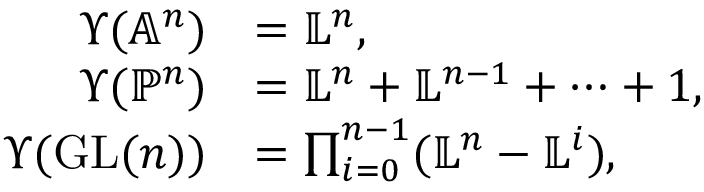
\begin{array} { r l } { \Upsilon ( \mathbb { A } ^ { n } ) } & { = \mathbb { L } ^ { n } , } \\ { \Upsilon ( \mathbb { P } ^ { n } ) } & { = \mathbb { L } ^ { n } + \mathbb { L } ^ { n - 1 } + \cdots + 1 , } \\ { \Upsilon ( \mathrm { G L } ( n ) ) } & { = \prod _ { i = 0 } ^ { n - 1 } ( \mathbb { L } ^ { n } - \mathbb { L } ^ { i } ) , } \end{array}